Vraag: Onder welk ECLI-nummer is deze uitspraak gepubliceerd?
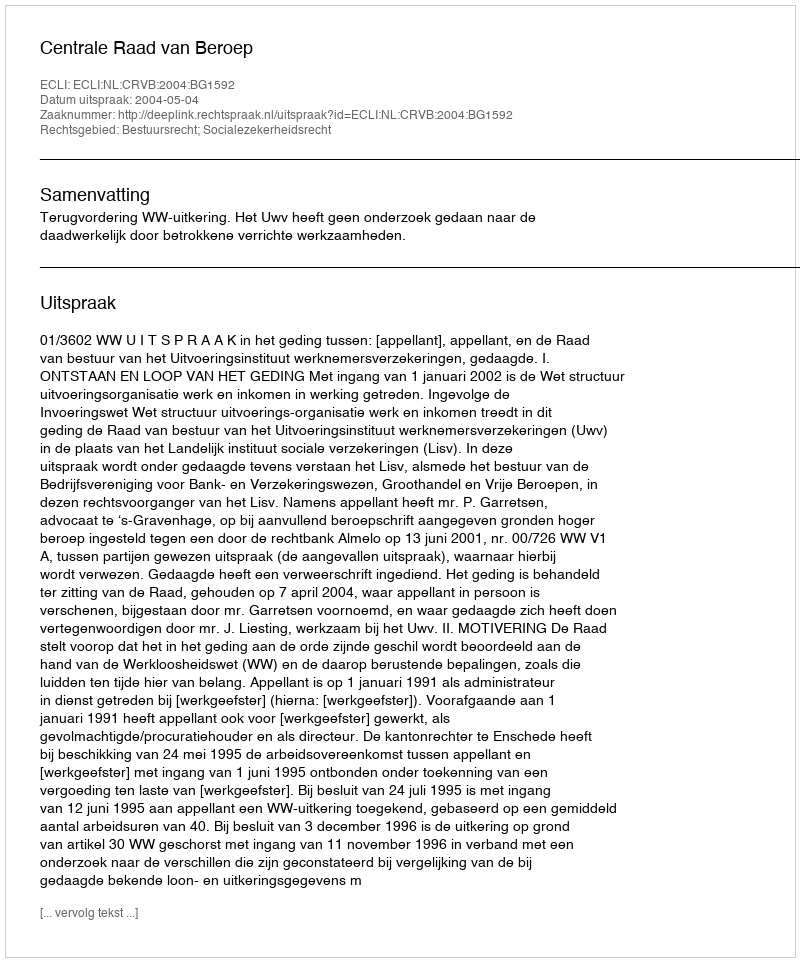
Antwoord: ECLI:NL:CRVB:2004:BG1592